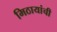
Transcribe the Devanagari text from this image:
मिठायांची